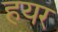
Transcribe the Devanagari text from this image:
हयर